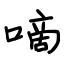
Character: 嘀